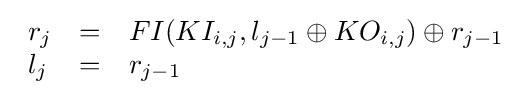
{\begin{array}{lcl}r_{j}&=&FI(KI_{i,j},l_{j-1}\oplus KO_{i,j})\oplus r_{j-1}\\l_{j}&=&r_{j-1}\end{array}}